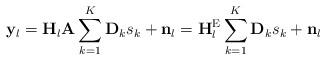
LaTeX: \begin{align*}\mathbf{y}_l&=\mathbf{H}_l\mathbf{A}\sum\limits_{k=1}^K \mathbf{D}_k {s}_k+\mathbf{n}_l=\mathbf{H}^{\mathrm{E}}_l\sum\limits_{k=1}^K \mathbf{D}_k {s}_k+\mathbf{n}_l\end{align*}